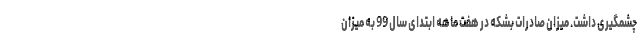
چشمگیری داشت. میزان صادرات بشکه در هفت ماهه ابتدای سال 99 به میزان